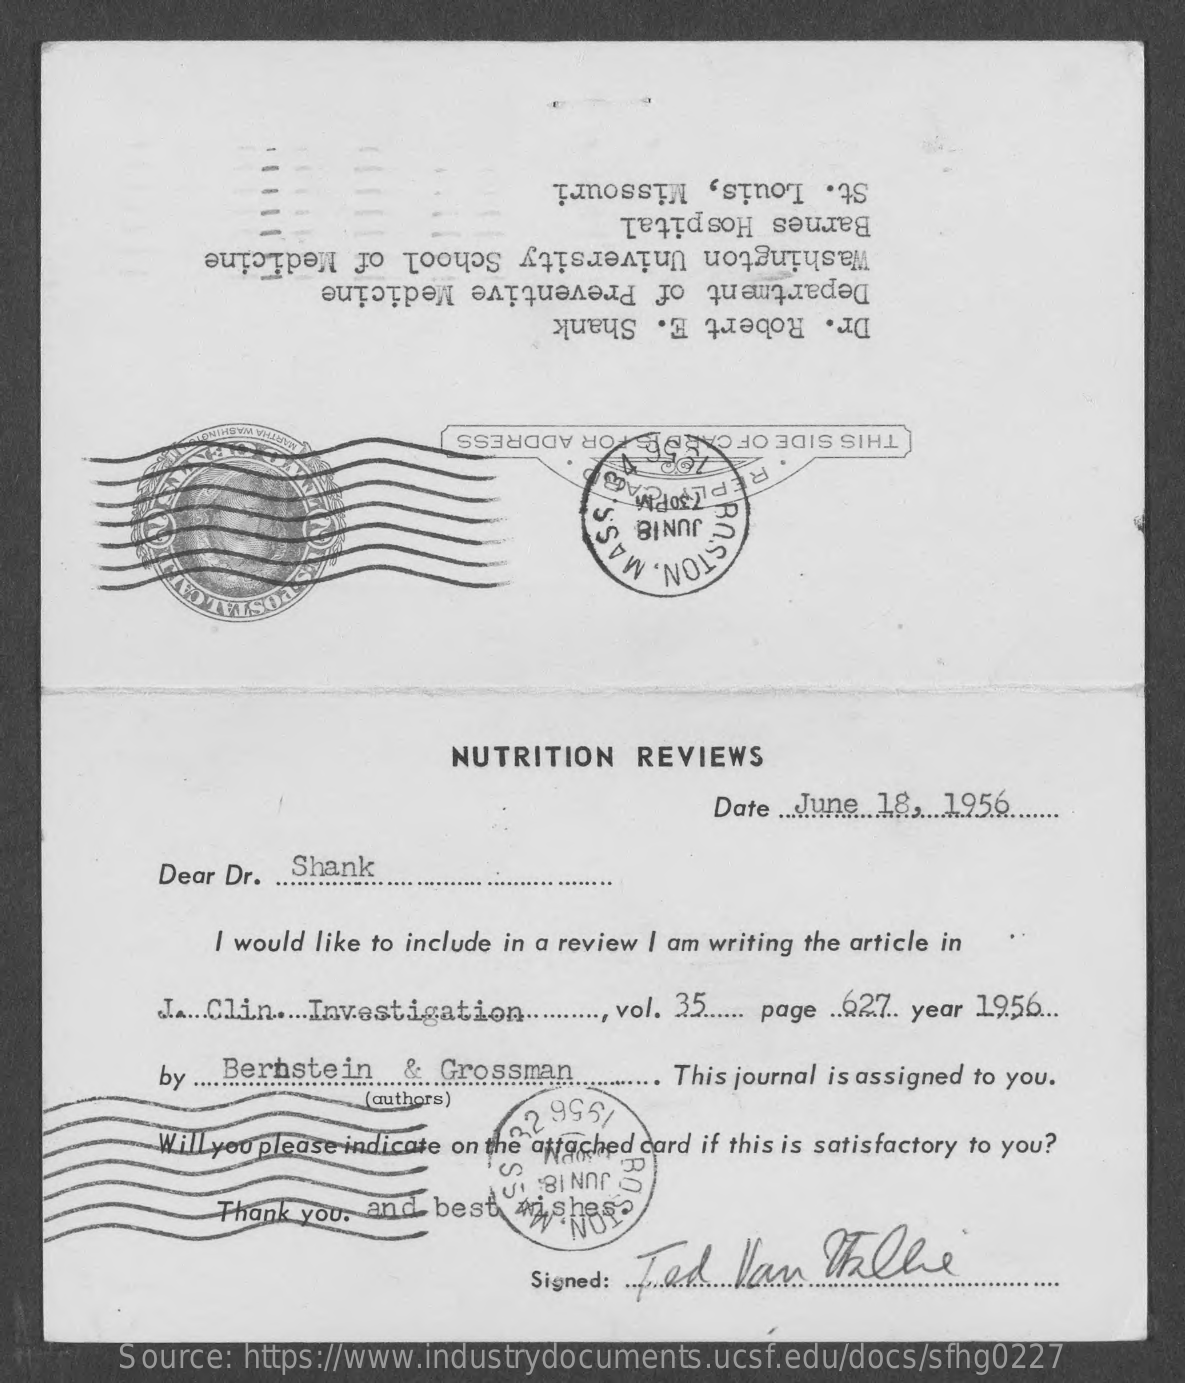
St. Louis, Missouri
     Barnes Hospital
     Washington University School of Medicine
     Department of Preventive Medicine
     Dr. Robert E. Shank
     THIS SIDE OF CARDBSTOR ADDRESS
     REPLJOPM
     S JUN18
     ISTON, MAS
     NUTRITION    REVIEWS
     Date ... June .. 18 ... 1956 .......
     Dear Dr. .. Shank
     I would like to include in a review | am writing the article in
     I .... Clin ..... Investigation .........., vol. 35 ...... page .. 62.7. year 19.56 ...
     by ............. Bernstein & Grossman ............ This journal is assigned to you.
     (authors)
     Willyou please indicate on the attached card if this is satisfactory to you?
     22.9951
     Thank you,  and  best   wishes-
     JUN 18: 10
     Fand    Kan   Walle
     Signed:
     Source:   https://www.industrydocuments.ucsf.edu/docs/sfhg0227